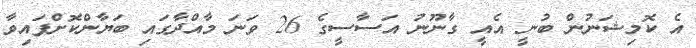
އެ ކޮމިޝަނުން ބުނީ އެއީ ގާނޫނު އަސާސީގެ 26 ވަނަ މާއްދާގައި ބަޔާންކޮށްފައިވާ